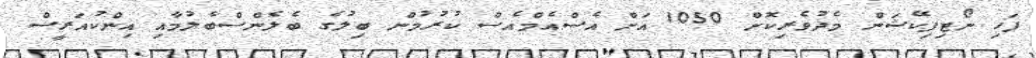
ފަހި ނޯޓިފިކޭޝަން މެދުވެރިކޮށް 1050 އަށް އެސްއެމްއެސް ކުރުމުން ބިލުގެ ބެލެންސްބެލުމާއި އިންކުއަރީސް